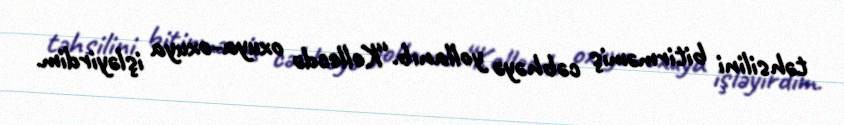
təhsilini bitirməmiş cəbhəyə yollanıb.“Kollecdə oxuya-oxuya işləyirdim.